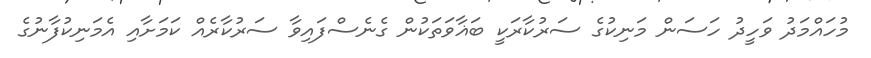
މުހައްމަދު ވަހީދު ހަސަން މަނިކުގެ ސަރުކާރަކީ ބަޣާވަތަކުން ގެނެސްފައިވާ ސަރުކާރެއް ކަމަށާއި އެމަނިކުފާނުގެ